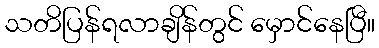
သတိပြန်ရလာချိန်တွင် မှောင်နေပြီ။